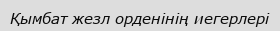
Қымбат жезл орденінің иегерлері